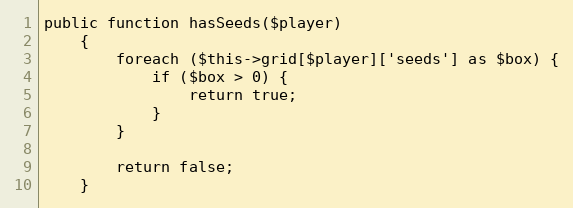
Language: PHP
public function hasSeeds($player)
    {
        foreach ($this->grid[$player]['seeds'] as $box) {
            if ($box > 0) {
                return true;
            }
        }

        return false;
    }